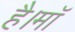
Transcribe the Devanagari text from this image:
है।माॅ